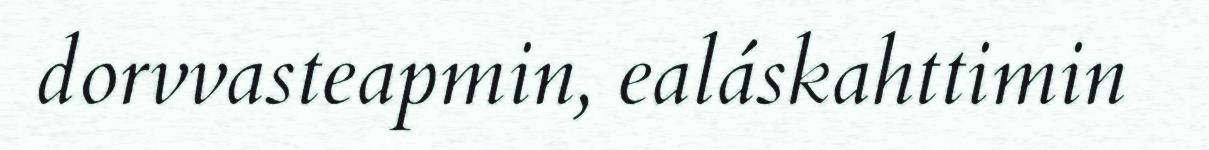
dorvvasteapmin, ealáskahttimin